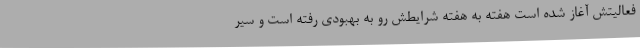
فعالیتش آغاز شده است هفته به هفته شرایطش رو به بهبودی رفته است و سیر